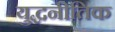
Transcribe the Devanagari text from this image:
युद्धनीतिक